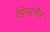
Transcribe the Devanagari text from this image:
डिन्डमैन